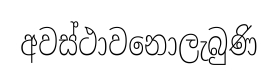
අවස්ථාවනොලැබුණි